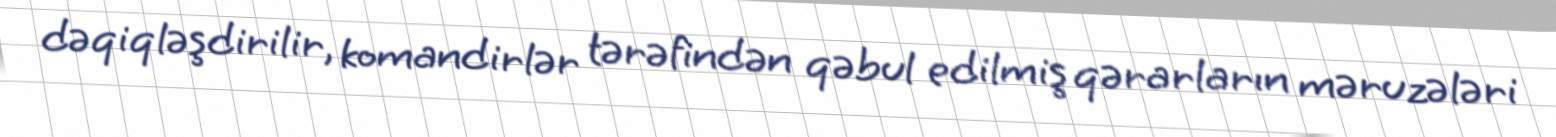
dəqiqləşdirilir, komandirlər tərəfindən qəbul edilmiş qərarların məruzələri